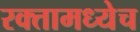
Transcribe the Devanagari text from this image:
रक्तामध्येच